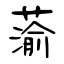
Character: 蕍